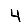
Digit: 4